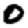
Digit: 0